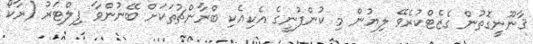
ޤާނޫނީގޮތުން ގެޒެޓްކުރެވޭ ލިޔުން މި ކުންފުނީގެ އެކިއެކި ބްރާންޗުތަކަށް ބޭނުންވާ ފިލްޓަރު (ރާކޯ